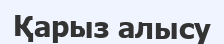
Қарыз алысу